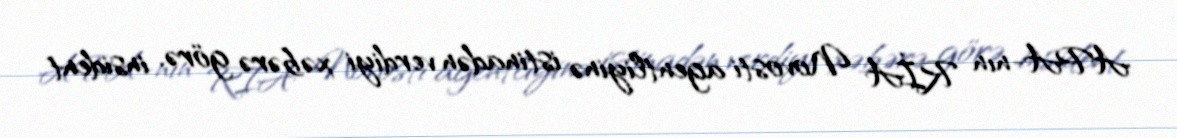
APA-nın RİA Novosti agentliyinə istinadən verdiyi xəbərə görə, insident